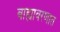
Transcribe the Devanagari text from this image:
बाह्यावरणात